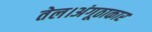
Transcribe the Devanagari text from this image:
तेल।अंगूठाकार